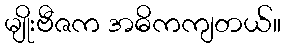
မျိုးဗီဇက အဓိကကျတယ်။